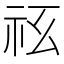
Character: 𥘢